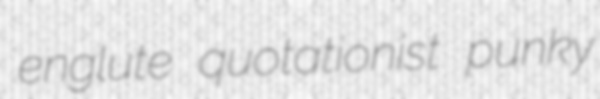
englute quotationist punky